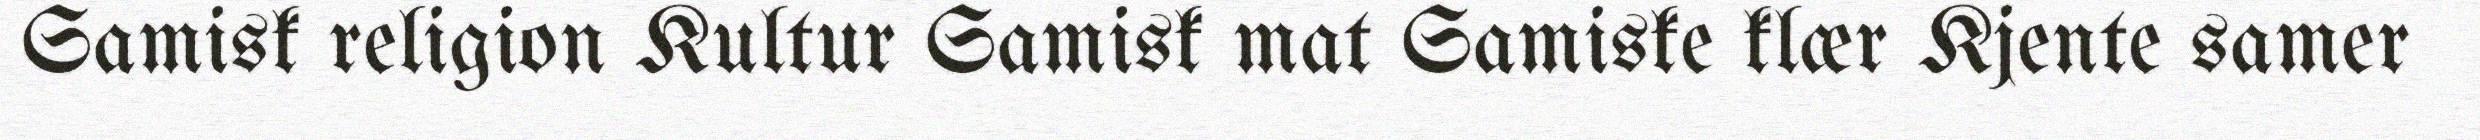
Samisk religion Kultur Samisk mat Samiske klær Kjente samer